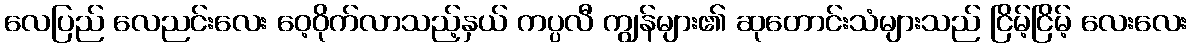
လေပြည် လေညင်းလေး ဝေ့ဝိုက်လာသည့်နှယ် ကပ္ပလီ ကျွန်များ၏ ဆုတောင်းသံများသည် ငြိမ့်ငြိမ့် လေးလေး